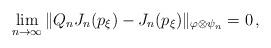
LaTeX: \begin{align*}\lim_{n\to\infty} \| Q_n J_n(p_\xi) - J_n(p_\xi) \|_{\varphi \otimes \psi_n} = 0 \,,\end{align*}